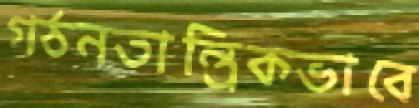
গঠনতান্ত্রিকভাবে